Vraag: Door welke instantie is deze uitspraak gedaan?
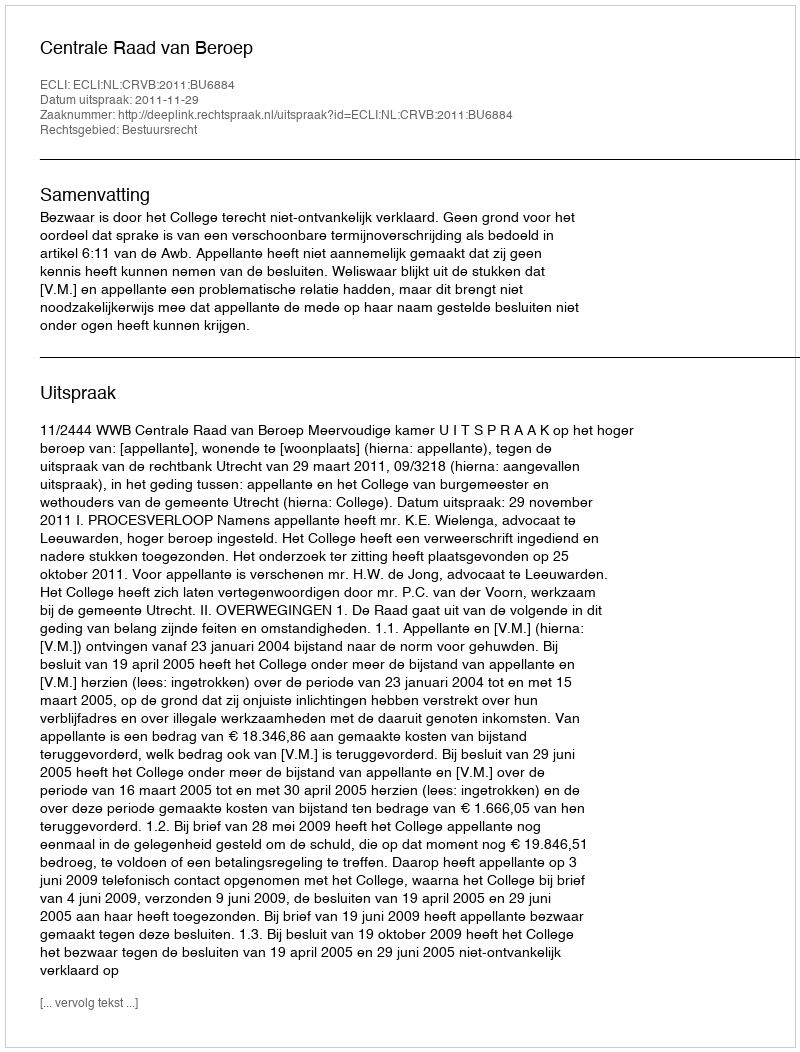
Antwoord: Centrale Raad van Beroep